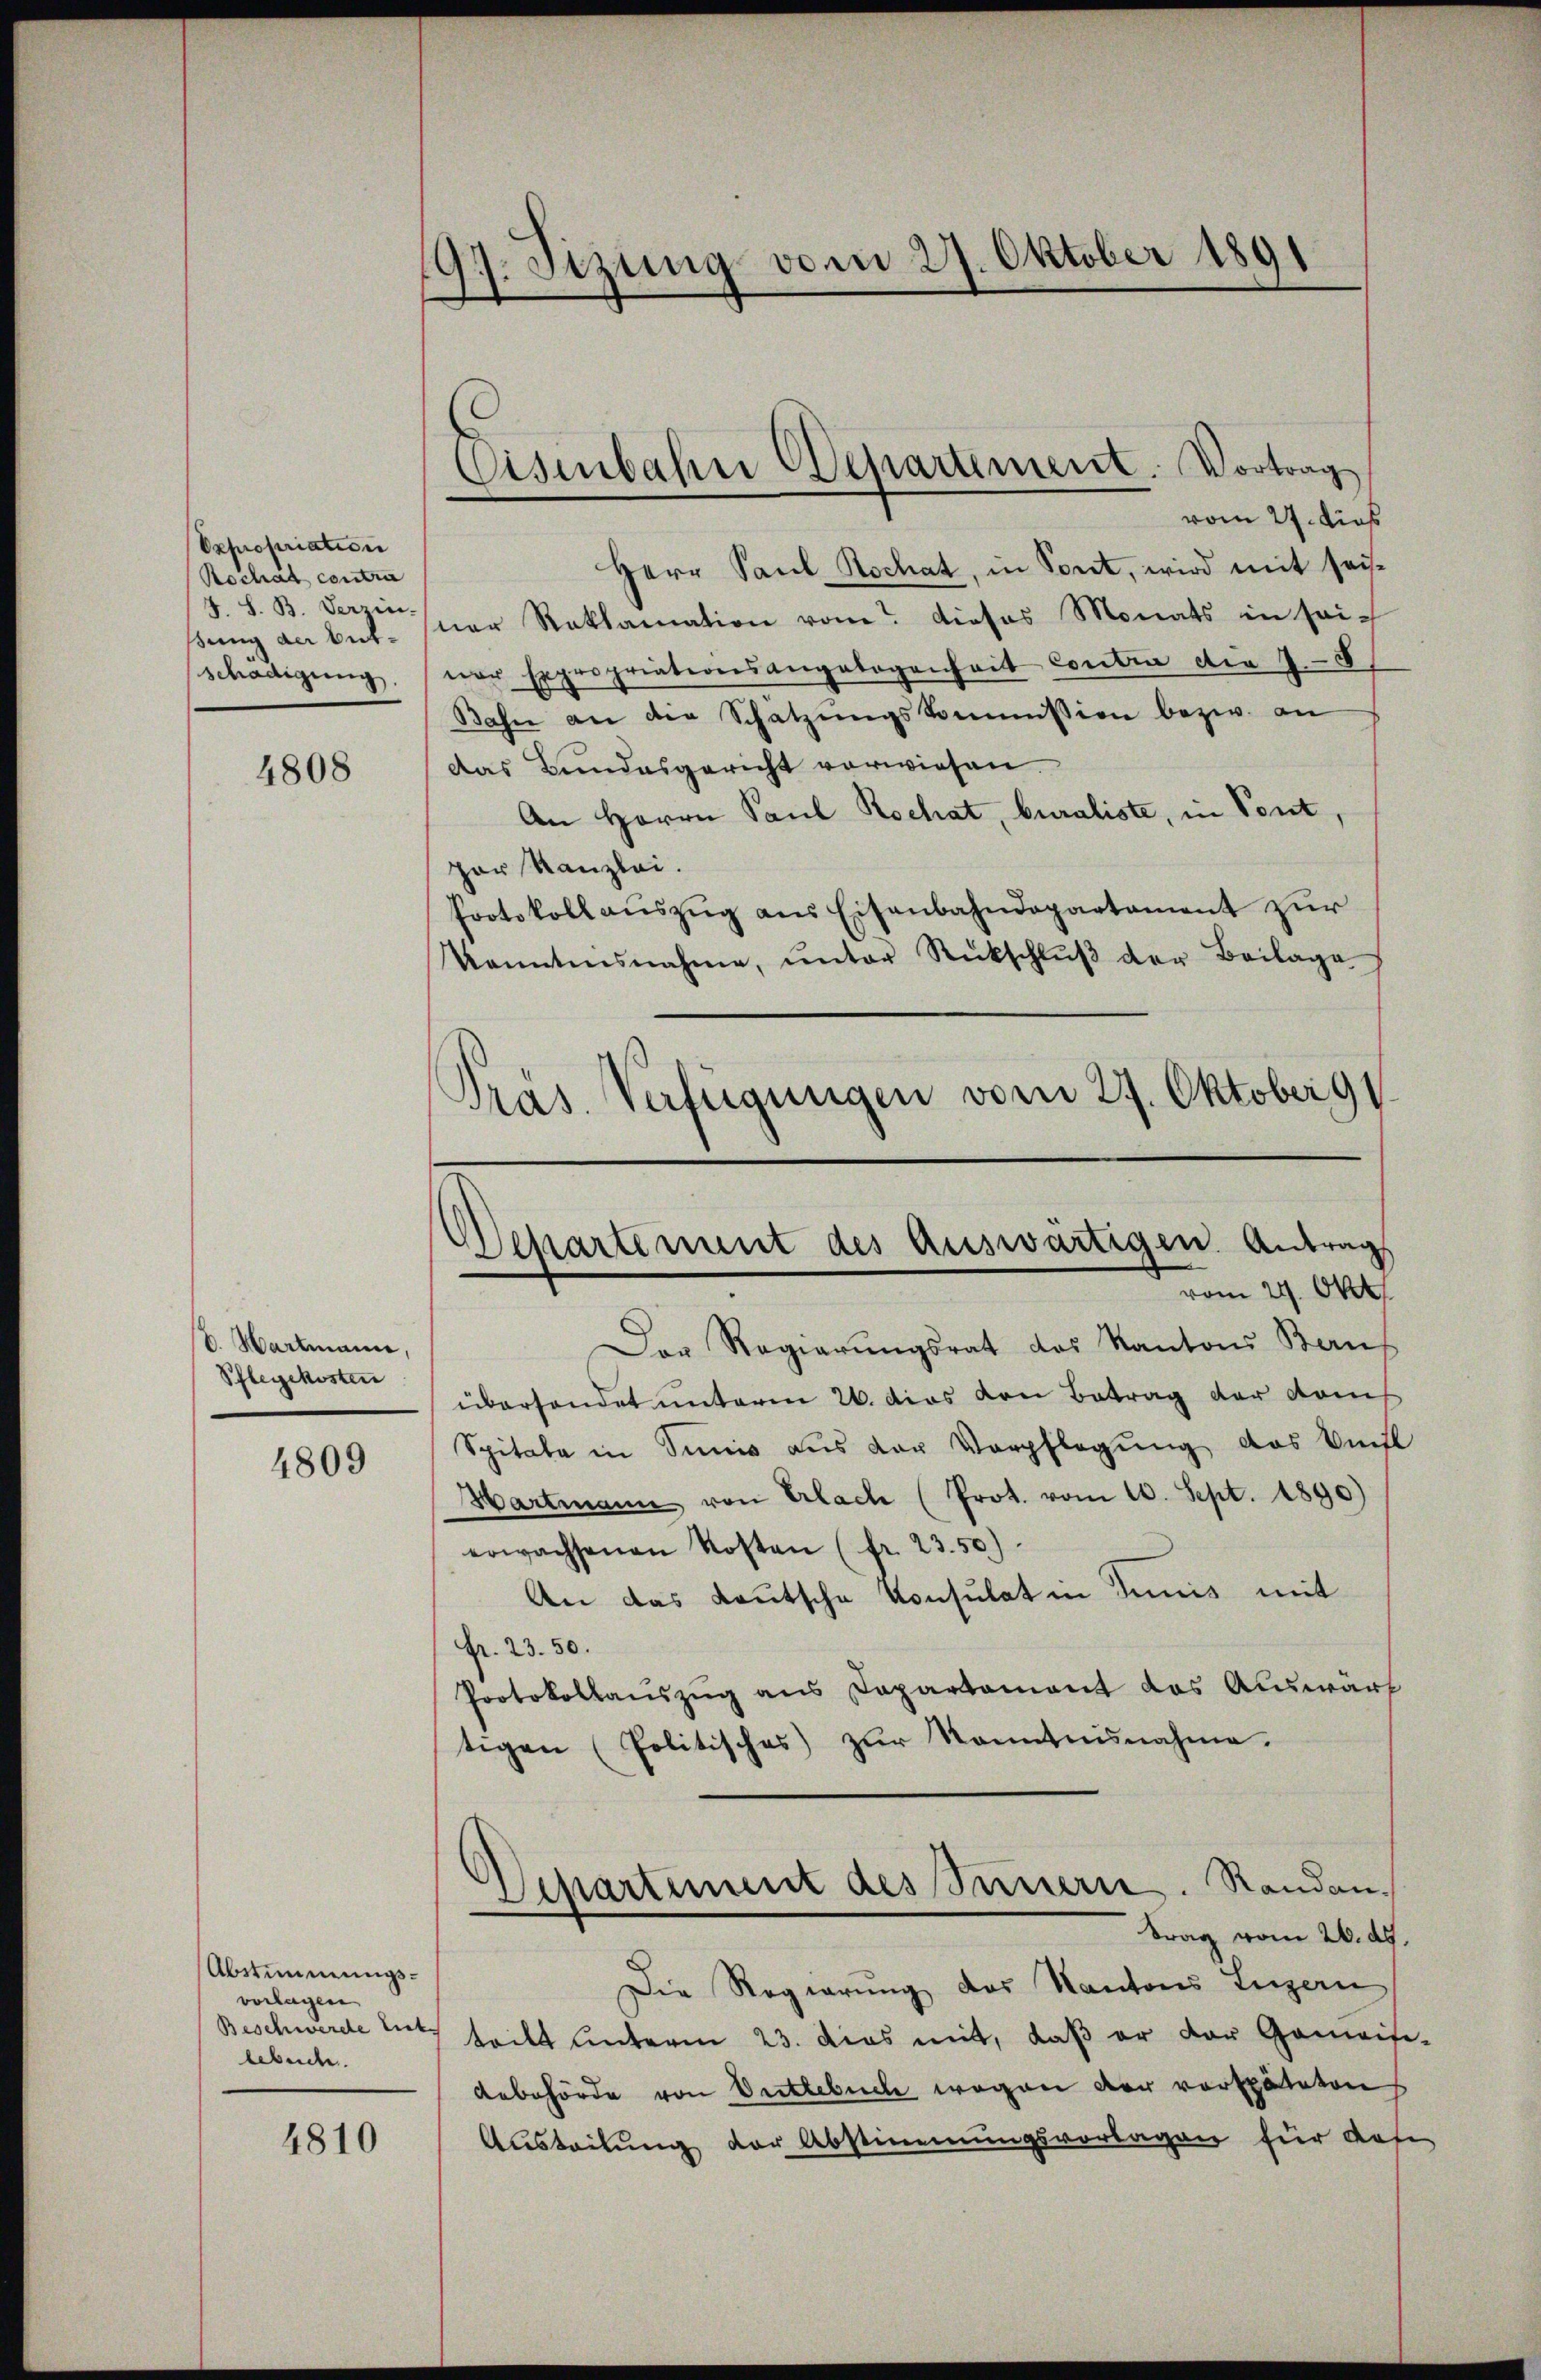
Oxpropriation
Rochat contra
4. S. B. Verzin.
sung der betschädigung,

4808

E. Hartmann,
Pflegekosten

4809

Abstimmungsvorlagen.
Beschwerde lit
lebende.

4810

97. Stzung vom 27. Oktober 1891

vom 27. dies
Herr Paul Kochat, in Pont, wird mit seiner Reklamation vom Dieses Monats in seiner Expropriationsangebogenheit Contra die 7-8
Bahn an die Schatzŭngskommission bezw. an
das Bundesgericht vorwiesen.
An Herrn Paul Kochat, buraliste, in Pont,
per Kanzlei.
Protokoll aŭszŭg ans Eisenbahndepartament zur
kanntensnahme, ŭnter Rückschlŭβ der Beilage
Präs. Verfügungen vom 27. Oktober 91.

Cisenbahn Departement. Vortrag

Departement des Auswärtigen Antrag
vom 29. Okt.

Der Regierŭngsrat des Kantons Bern
überhandet unterm 26. das von Betrag der Kom
Spitale in Junis aus der Verpflegung das Verfl
Hartmann von Erlach (Prot. vom 10. Sept. 1890)
erwachsenen Kosten (fr. 23. 50)
An das Kautsche Konsulat in Junis mit
fr. 23. 50.
Protokollauszug aus Departement das Auswärf
tigen (Politisches zŭr Kenntnisnahme.
Separtement des Sinnern. Randantrag vom 26. ds.
Die Regierung des Kantons Luzern
teilt unterm 23. dies mit, daß er der Gemeise-
Aebehörde von Entlebuch wegen der verspäteten
Austribung der Abstimmungsvorlagen für dase